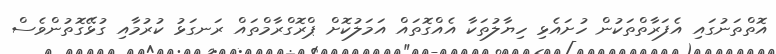
އޮތްތަނުގައި އެފަރާތްތަކުން ހުށައެޅި ހިޔާލުތަކާ އެއްގޮތައް އަމަލުކޮށް ޕްރޮގްރާމްތައް ރަނގަޅު ކުރުމާއި ގުޅޭގޮތުންވެސް